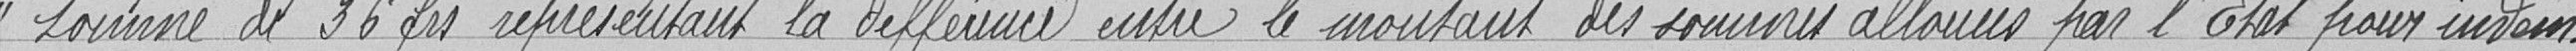
somme de 36 francs représentant la différence entre le montant des sommes allouées par l'Etat pour indem-